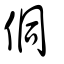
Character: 侗